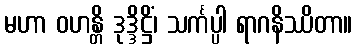
မဟာ ဝဟန္တိ ဒုဒ္ဒိဋ္ဌိံ၊ သင်္ကပ္ပါ ရာဂနိဿိတာ။